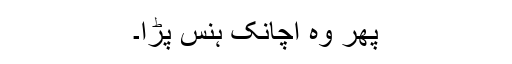
پھر وہ اچانک ہنس پڑا۔